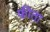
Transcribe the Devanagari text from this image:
फ़ीता